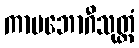
ကာမဘောဂီသုတ္တံ